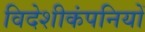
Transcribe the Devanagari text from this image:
विदेशीकंपनियों